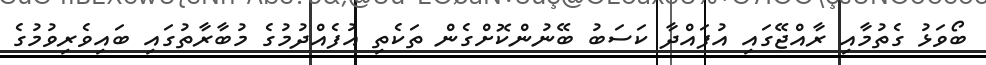
ބޯވަޅު ގެތުމާއި ރާއްޖޭގައި އުފައްދާ ކަސަބު ބޭނުންކޮށްގެން ތަކެތި އުފެއްދުމުގެ މުބާރާތުގައި ބައިވެރިވުމުގެ